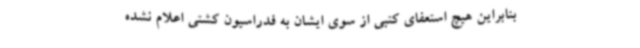
بنابراین هیچ استعفای کتبی از سوی ایشان به فدراسیون کشتی اعلام نشده